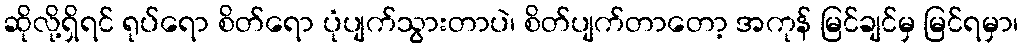
ဆိုလို့ရှိရင် ရုပ်ရော စိတ်ရော ပုံပျက်သွားတာပဲ၊ စိတ်ပျက်တာတော့ အကုန် မြင်ချင်မှ မြင်ရမှာ၊